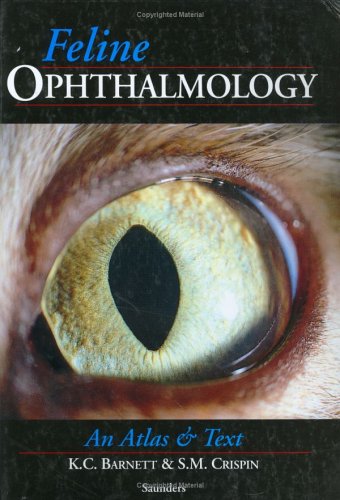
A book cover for Feline Ophthalmology: An Atlas & Text, 1e; Keith C. Barnett OBE  MA  PhD  BSc  DVOphthal  FRCVS  DipECVO; Medical Books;